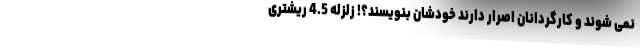
نمی شوند و کارگردانان اصرار دارند خودشان بنویسند؟! زلزله 4.5 ریشتری